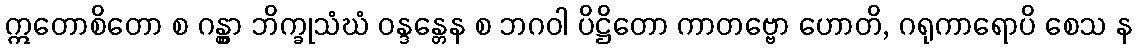
ဣတောစိတော စ ဂန္တွာ ဘိက္ခုသံဃံ ဝန္ဒန္တေန စ ဘဂဝါ ပိဋ္ဌိတော ကာတဗ္ဗော ဟောတိ, ဂရုကာရောပိ စေသ န